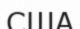
США